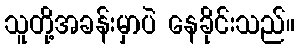
သူတို့အခန်းမှာပဲ နေခိုင်းသည်။